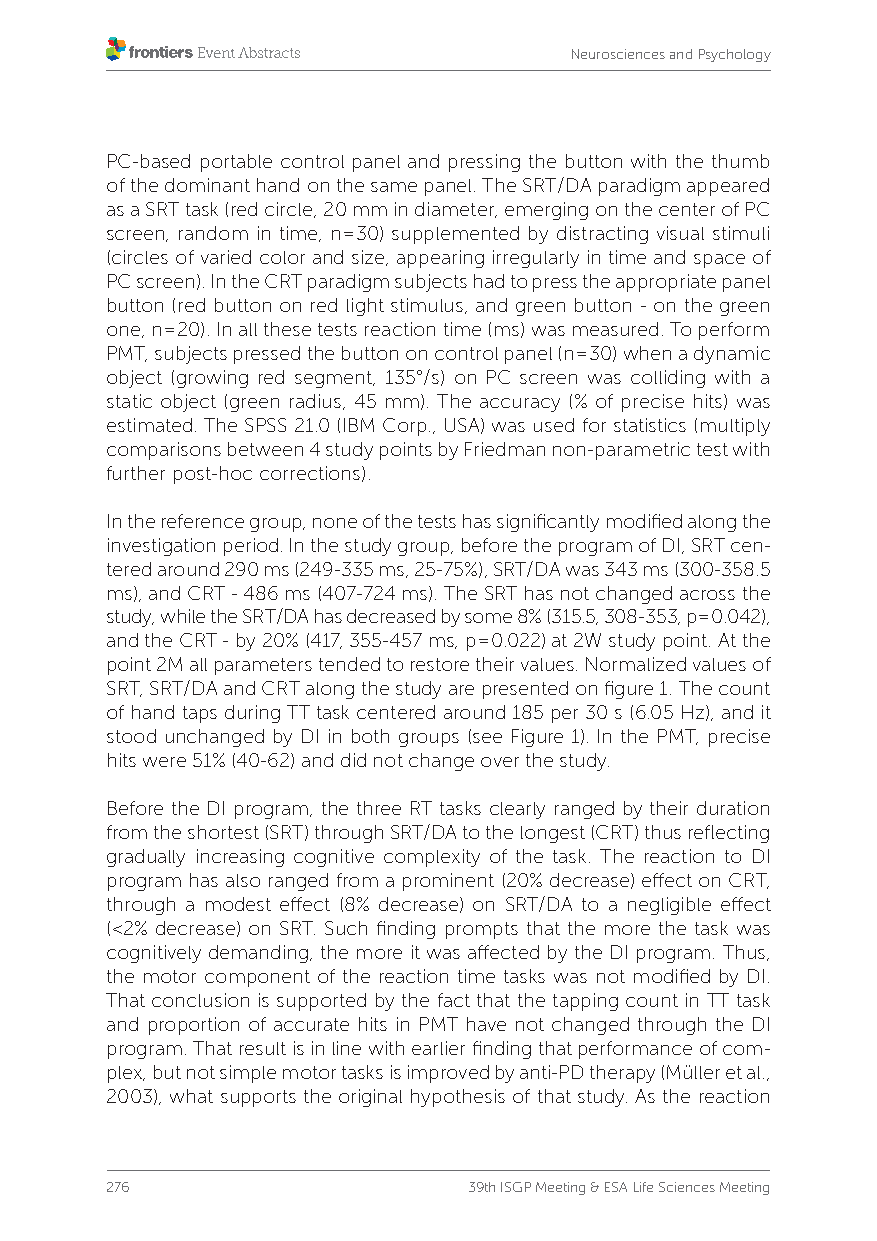
Neurosciences and Psychology
 PC-based portable control panel and pressing the button with the thumb
 of the dominant hand on the same panel. The SRT/DA paradigm appeared
 as a SRT task (red circle, 20 mm in diameter, emerging on the center of PC
 screen, random in time, n=30) supplemented by distracting visual stimuli
 (circles of varied color and size, appearing irregularly in time and space of
 PC screen). In the CRT paradigm subjects had to press the appropriate panel
 button (red button on red light stimulus, and green button - on the green
 one, n=20). In all these tests reaction time (ms) was measured. To perform
 PMT, subjects pressed the button on control panel (n=30) when a dynamic
 object (growing red segment, 135°/s) on PC screen was colliding with a
 static object (green radius, 45 mm). The accuracy (% of precise hits) was
 estimated. The SPSS 21.0 (IBM Corp., USA) was used for statistics (multiply
 comparisons between 4 study points by Friedman non-parametric test with
 further post-hoc corrections).
 In the reference group, none of the tests has significantly modified along the
 investigation period. In the study group, before the program of DI, SRT cen-
 tered around 290 ms (249-335 ms, 25-75%), SRT/DA was 343 ms (300-358.5
 ms), and CRT - 486 ms (407-724 ms). The SRT has not changed across the
 study, while the SRT/DA has decreased by some 8% (315.5, 308-353, p=0.042),
 and the CRT - by 20% (417, 355-457 ms, p=0.022) at 2W study point. At the
 point 2M all parameters tended to restore their values. Normalized values of
 SRT, SRT/DA and CRT along the study are presented on figure 1. The count
 of hand taps during TT task centered around 185 per 30 s (6.05 Hz), and it
 stood unchanged by DI in both groups (see Figure 1). In the PMT, precise
 hits were 51% (40-62) and did not change over the study.
 Before the DI program, the three RT tasks clearly ranged by their duration
 from the shortest (SRT) through SRT/DA to the longest (CRT) thus reflecting
 gradually increasing cognitive complexity of the task. The reaction to DI
 program has also ranged from a prominent (20% decrease) effect on CRT,
 through a modest effect (8% decrease) on SRT/DA to a negligible effect
 (<2% decrease) on SRT. Such finding prompts that the more the task was
 cognitively demanding, the more it was affected by the DI program. Thus,
 the motor component of the reaction time tasks was not modified by DI.
 That conclusion is supported by the fact that the tapping count in TT task
 and proportion of accurate hits in PMT have not changed through the DI
 program. That result is in line with earlier finding that performance of com-
 plex, but not simple motor tasks is improved by anti-PD therapy (Müller et al.,
 2003), what supports the original hypothesis of that study. As the reaction
 276                     39th ISGP Meeting & ESA Life Sciences Meeting